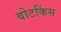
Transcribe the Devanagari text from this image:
बोटकिंस